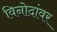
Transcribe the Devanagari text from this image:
विनोदांवर